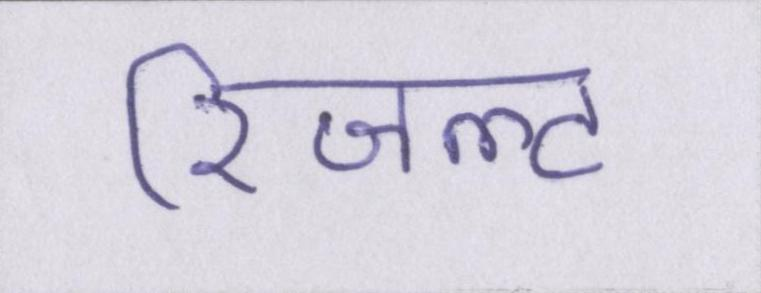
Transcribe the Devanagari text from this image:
रिजल्ट